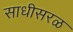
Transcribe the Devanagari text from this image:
साधीसरळ